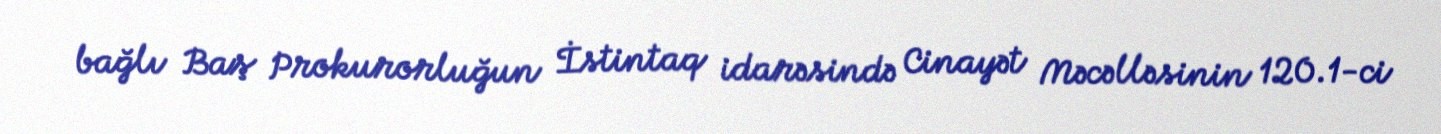
bağlı Baş Prokurorluğun İstintaq idarəsində Cinayət Məcəlləsinin 120.1-ci